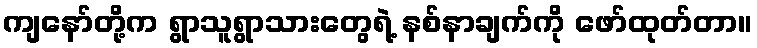
ကျနော်တို့က ရွာသူရွာသားတွေရဲ့ နစ်နာချက်ကို ဖော်ထုတ်တာ။